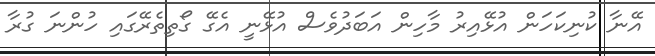
އޭނާ ކުނިކަހަން އުޅޭއިރު މާހިން އަބަދުވެސް އުޅޭނީ އެގޭ ގޯތިތެރޭގައި ހުންނަ ގުރާ